Scottish Leaving Certificate Examination, 1955
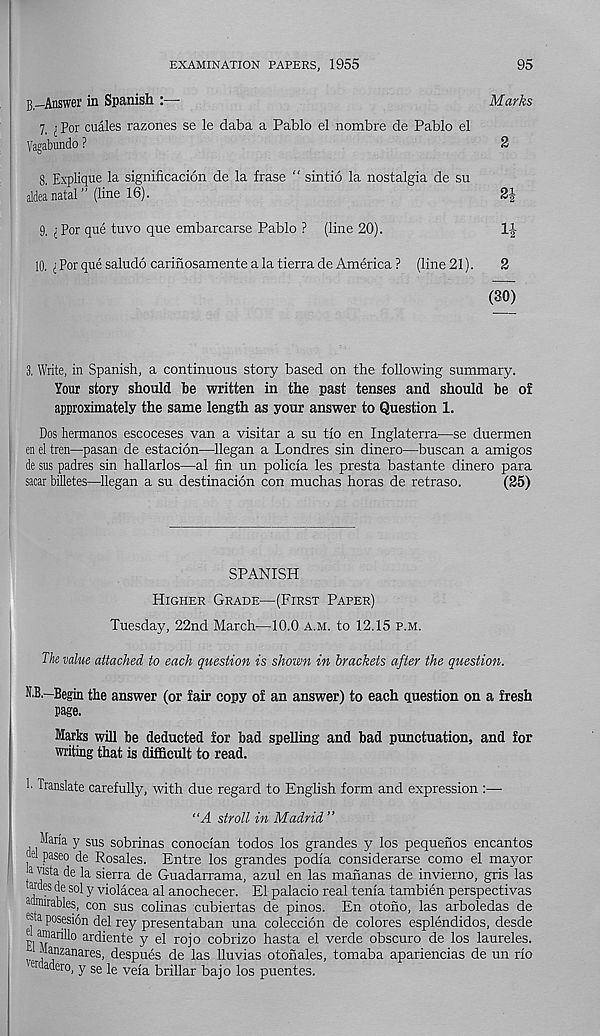
EXAMINATION PAPERS, 1955
95
B,-Answer in Spanish :—
Marks
7, ; Por cuales razones se le data a Pablo el nombre de Pablo el
Vagabundo ?
2
8. Explique la significacion de la frase “ sintio la nostalgia de su
aldeanatal” (line 16).
9, i Por que tuvo que embarcarse Pablo ? (line 20).
1-|
10. i Por que saludo carifiosamente a la tierra de America ? (Iine21).
2
(30)
3. Write, in Spanish, a continuous story based on the following summary.
Your story should be written in the past tenses and should be of
approximately the same length as your answer to Question 1.
Dos hermanos escoceses van a visitor a su tio en Inglaterra—se duermen
en el tren—pasan de estacion—llegan a Londres sin dinero—buscan a amigos
de sus padres sin hallarlos—al fin un policfa les presta bastante dinero para
sacar billetes—llegan a su destinacion con muchas horas de retraso.
(25)
SPANISH
Higher Grade—(First Paper)
Tuesday, 22nd March—10.0 a.m. to 12.15 p.m.
The value attached to each question is shown in brackets after the question.
N.B.—Begin the answer (or fair copy of an answer) to each question on a fresh
page.
Marks will be deducted for bad spelling and bad punctuation, and for
writing that is difficult to read.
Translate carefully, with due regard to English form and expression :
‘A stroll in Madrid ”
Maria y sus sobrinas conocian todos los grandes y los pequenos encantos
I P aseo de Rosales. Entre los grandes podia considerarse como el mayor
a vista de la sierra de Guadarrama, azul en las mananas de invierno, gris las
®les de sol y violacea al anochecer. El palacio real tenia tambien perspectivas
a ®urables, con sus colinas cubiertas de pinos. En otono, las arboledas de
® a posesion del rey presentaban una coleccion de colores esplendidos, desde
L™ ar iil° ardiente y el rojo cobrizo hasta el verde obscuro de los laureles.
jaanzanares, despues de las lluvias otonales, tomaba apariencias de un rio
er adero, y se le veia brillar bajo los puentes.